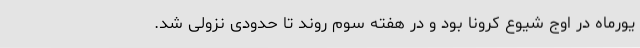
یورماه در اوج شیوع کرونا بود و در هفته سوم روند تا حدودی نزولی شد.